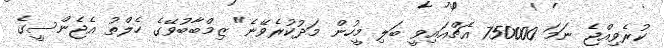
ކުރެވިއްޖެ ނަމަ 750000 އެޗްއައިވީ ބަލި މީހުން މަދުކުރެވޭނެ" ޒިމްބާބުވޭގެ ހެލްތު އެޖެންސީގެ